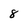
Character: 8